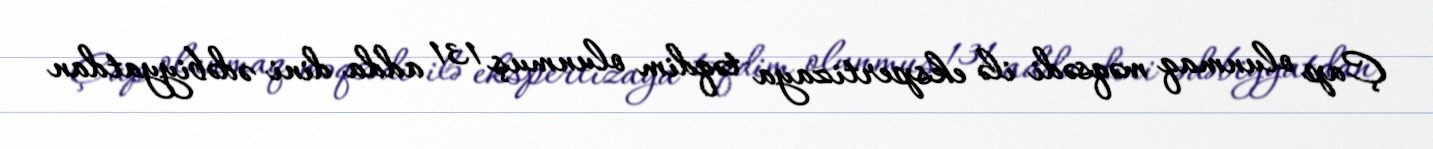
Çap olunmaq məqsədi ilə ekspertizaya təqdim olunmuş 131 adda dini ədəbiyyatdan